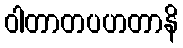
ဝါတာတပဟတာနိ